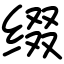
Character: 缀